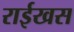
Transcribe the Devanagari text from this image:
राईखस